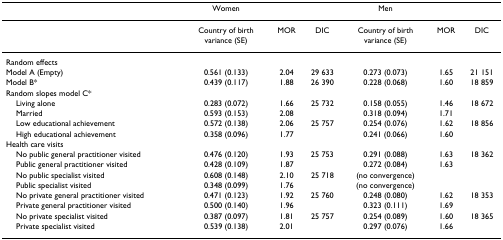
<table><thead><tr><td></td><td><b>Women</b></td><td></td><td></td><td><b>Men</b></td><td></td><td></td></tr></thead><tbody><tr><td></td><td>Country of birth variance (SE)</td><td>MOR</td><td>DIC</td><td>Country of birth variance (SE)</td><td>MOR</td><td>DIC</td></tr><tr><td>Random effects</td><td></td><td></td><td></td><td></td><td></td><td></td></tr><tr><td>Model A (Empty)</td><td>0.561 (0.133)</td><td>2.04</td><td>29 633</td><td>0.273 (0.073)</td><td>1.65</td><td>21 151</td></tr><tr><td>Model B*</td><td>0.439 (0.117)</td><td>1.88</td><td>26 390</td><td>0.228 (0.068)</td><td>1.60</td><td>18 859</td></tr><tr><td>Random slopes model C*</td><td></td><td></td><td></td><td></td><td></td><td></td></tr><tr><td> Living alone</td><td>0.283 (0.072)</td><td>1.66</td><td>25 732</td><td>0.158 (0.055)</td><td>1.46</td><td>18 672</td></tr><tr><td> Married</td><td>0.593 (0.153)</td><td>2.08</td><td></td><td>0.318 (0.094)</td><td>1.71</td><td></td></tr><tr><td> Low educational achievement</td><td>0.572 (0.138)</td><td>2.06</td><td>25 757</td><td>0.254 (0.076)</td><td>1.62</td><td>18 856</td></tr><tr><td> High educational achievement</td><td>0.358 (0.096)</td><td>1.77</td><td></td><td>0.241 (0.066)</td><td>1.60</td><td></td></tr><tr><td>Health care visits</td><td></td><td></td><td></td><td></td><td></td><td></td></tr><tr><td> No public general practitioner visited</td><td>0.476 (0.120)</td><td>1.93</td><td>25 753</td><td>0.291 (0.088)</td><td>1.63</td><td>18 362</td></tr><tr><td> Public general practitioner visited</td><td>0.428 (0.109)</td><td>1.87</td><td></td><td>0.272 (0.084)</td><td>1.63</td><td></td></tr><tr><td> No public specialist visited</td><td>0.608 (0.148)</td><td>2.10</td><td>25 718</td><td>(no convergence)</td><td></td><td></td></tr><tr><td> Public specialist visited</td><td>0.348 (0.099)</td><td>1.76</td><td></td><td>(no convergence)</td><td></td><td></td></tr><tr><td> No private general practitioner visited</td><td>0.471 (0.123)</td><td>1.92</td><td>25 760</td><td>0.248 (0.080)</td><td>1.62</td><td>18 353</td></tr><tr><td> Private general practitioner visited</td><td>0.500 (0.140)</td><td>1.96</td><td></td><td>0.323 (0.111)</td><td>1.69</td><td></td></tr><tr><td> No private specialist visited</td><td>0.387 (0.097)</td><td>1.81</td><td>25 757</td><td>0.254 (0.089)</td><td>1.60</td><td>18 365</td></tr><tr><td> Private specialist visited</td><td>0.539 (0.138)</td><td>2.01</td><td></td><td>0.297 (0.076)</td><td>1.66</td><td></td></tr></tbody></table>